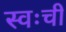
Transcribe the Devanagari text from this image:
स्वःची